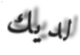
لديك